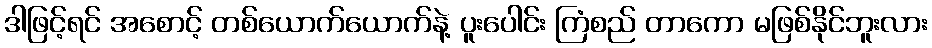
ဒါဖြင့်ရင် အစောင့် တစ်ယောက်ယောက်နဲ့ ပူးပေါင်း ကြံစည် တာကော မဖြစ်နိုင်ဘူးလား